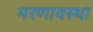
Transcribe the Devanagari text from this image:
मरणावस्था